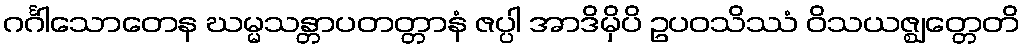
ဂင်္ဂါသောတေန ဃမ္မသန္တာပတတ္တာနံ ဇပ္ပါ အာဒိမှိပိ ဥပဝသိဿံ ဝိသယဇ္ဈတ္တေတိ